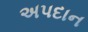
અપદાન